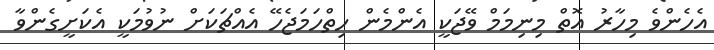
އެހެންވެ މިހާރު އޮތް މިނިމަމް ވޭޖަކީ އެންމެން ހިތްހަމަޖެހޭ އެއްޗަކަށް ނުވުމަކީ އެކަށީގެންވާ